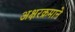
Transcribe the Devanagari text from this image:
अक्षरक्रमाने